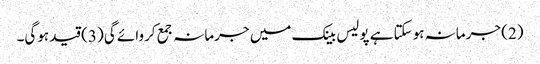
(2) جرمانہ ہوسکتا ہے پولیس بینک میں جرمانہ جمع کروائے گی (3) قید ہوگی۔